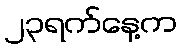
၂၃ရက်နေ့က